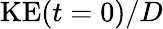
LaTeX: \mathrm{KE}(t=0)/D